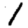
Digit: 1